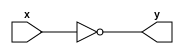
`timescale 1ns / 1ps
//////////////////////////////////////////////////////////////////////////////////
// Company: 
// Engineer: 
// 
// Design Name: 
// Module Name:    not_db 
// Project Name: 
// Target Devices: 
// Tool versions: 
// Description: 
//
// Dependencies: 
//
// Revision: 
// Revision 0.01 - File Created
// Additional Comments: 
//
//////////////////////////////////////////////////////////////////////////////////
module not_db(
    input x,
    output y
    );
	 //gate
 not not_gate(y,x);

endmodule